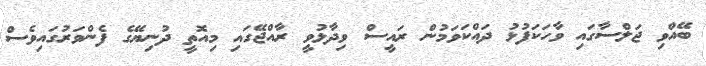
ބޭއްވި ޖަލްސާގައި ވާހަކަފުޅު ދައްކަވަމުން ރައީސް ވިދާޅުވީ ރާއްޖޭގައި މިއޮތީ ދުނިޔޭގެ ފެންވަރުގައިވެސް